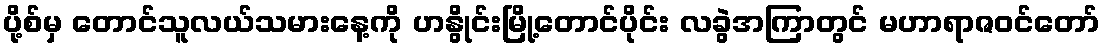
ပို့စ်မှ တောင်သူလယ်သမားနေ့ကို ဟနွိုင်းမြို့တောင်ပိုင်း လခွဲအကြာတွင် မဟာရာဇဝင်တော်